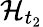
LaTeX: \mathcal{H}_{t_{2}}